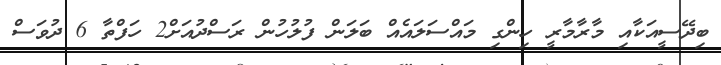
ބިދޭސީއަކާއި މާރާމާރީ ހިންގި މައްސަލައެއް ބަލަން ފުލުހުން ރަސްދުއަށް2 ހަފްތާ 6 ދުވަސް